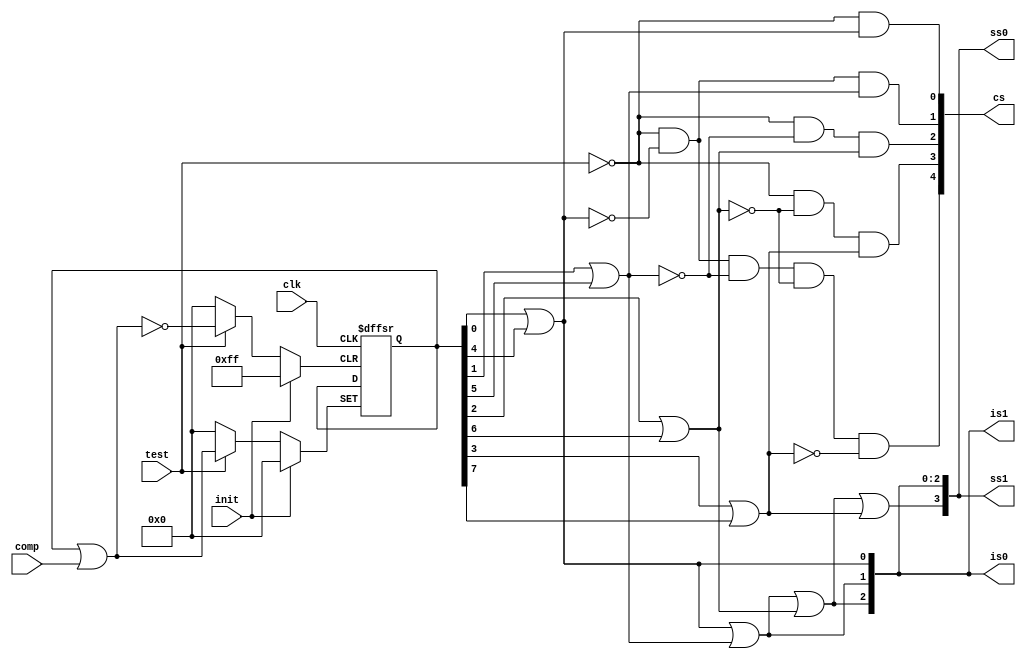
`timescale 1ns / 1ps

module rca2_mul_sel_gen(clk, init, test, comp, is0, is1, cs, ss0, ss1);
input clk, init, test;
input [7:0]comp;
output [2:0]is0, is1;
output [4:0] cs;
output [3:0] ss0, ss1;
reg [7:0]reg_out;
always @(posedge clk, posedge init, posedge test) 
    if (init)
        reg_out <= 0;
    else if(test)
        reg_out <= reg_out | comp;
        
assign fault0 = reg_out[0] | reg_out[4],
    fault1 = reg_out[1] | reg_out[5],
    fault2 = reg_out[2] | reg_out[6],
    fault3 = reg_out[3] | reg_out[7],
    
    is0[0] = fault0,
    is0[1] = is0[0] | fault1,
    is0[2] = is0[1] | fault2,
    
    cs[0] = ~test & fault0,
    cs[1] = ~test & ~fault0 & fault1,
    cs[2] = ~test & ~fault1 & fault2,
    cs[3] = ~test & ~fault2 & fault3,
    cs[4] = ~test & (~fault0) & (~fault1) &(~fault2) &(~fault3),
    
    ss0[0] = is0[0],
    ss0[1] = is0[1],
    ss0[2] = is0[2],
    ss0[3] = is0[2] | fault3,
    
    is1 = is0,
    ss1 = ss0;
    
endmodule